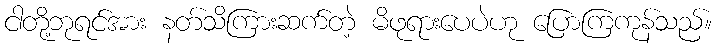
ငါတို့ဘုရင်အား နတ်သိကြားဆက်တဲ့ မိဖုရားပေပဲဟု ပြောကြကုန်သည်။